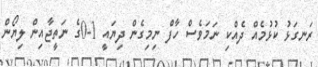
ރަނގަޅު ކުޅުމެއް ދެއްކި ނަމަވެސް ހާފް ނިމިގެން ދިޔައީ 1-0ގެ ނަތީޖާއިން ލިޔޯން